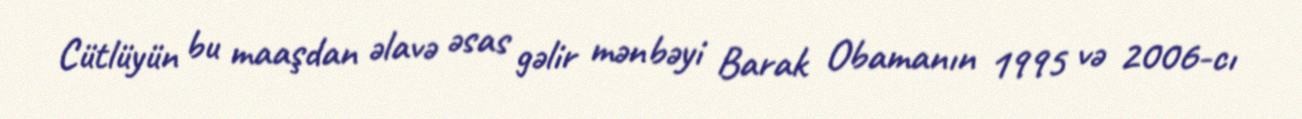
Cütlüyün bu maaşdan əlavə əsas gəlir mənbəyi Barak Obamanın 1995 və 2006-cı